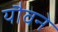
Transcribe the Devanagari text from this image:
यौवने